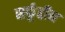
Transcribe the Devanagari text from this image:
सर्फूद्दीन